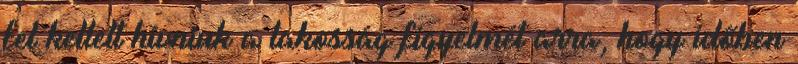
fel kellett hívniuk a lakosság figyelmét arra, hogy időben